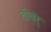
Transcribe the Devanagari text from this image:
तीवंर्